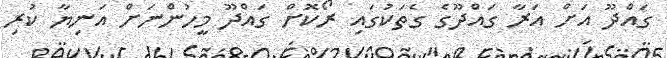
ގައްދޫ އަށް އަރާ ގައްދޫގެ ގެތަކުގައި ރޯކޮށް ގައްދޫ މީހުންނަށް އަނިޔާ ކުރި